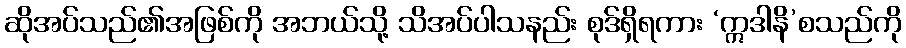
ဆိုအပ်သည်၏အဖြစ်ကို အဘယ်သို့ သိအပ်ပါသနည်း စုဒ်ရှိရကား ‘ဣဒါနိ’စသည်ကို